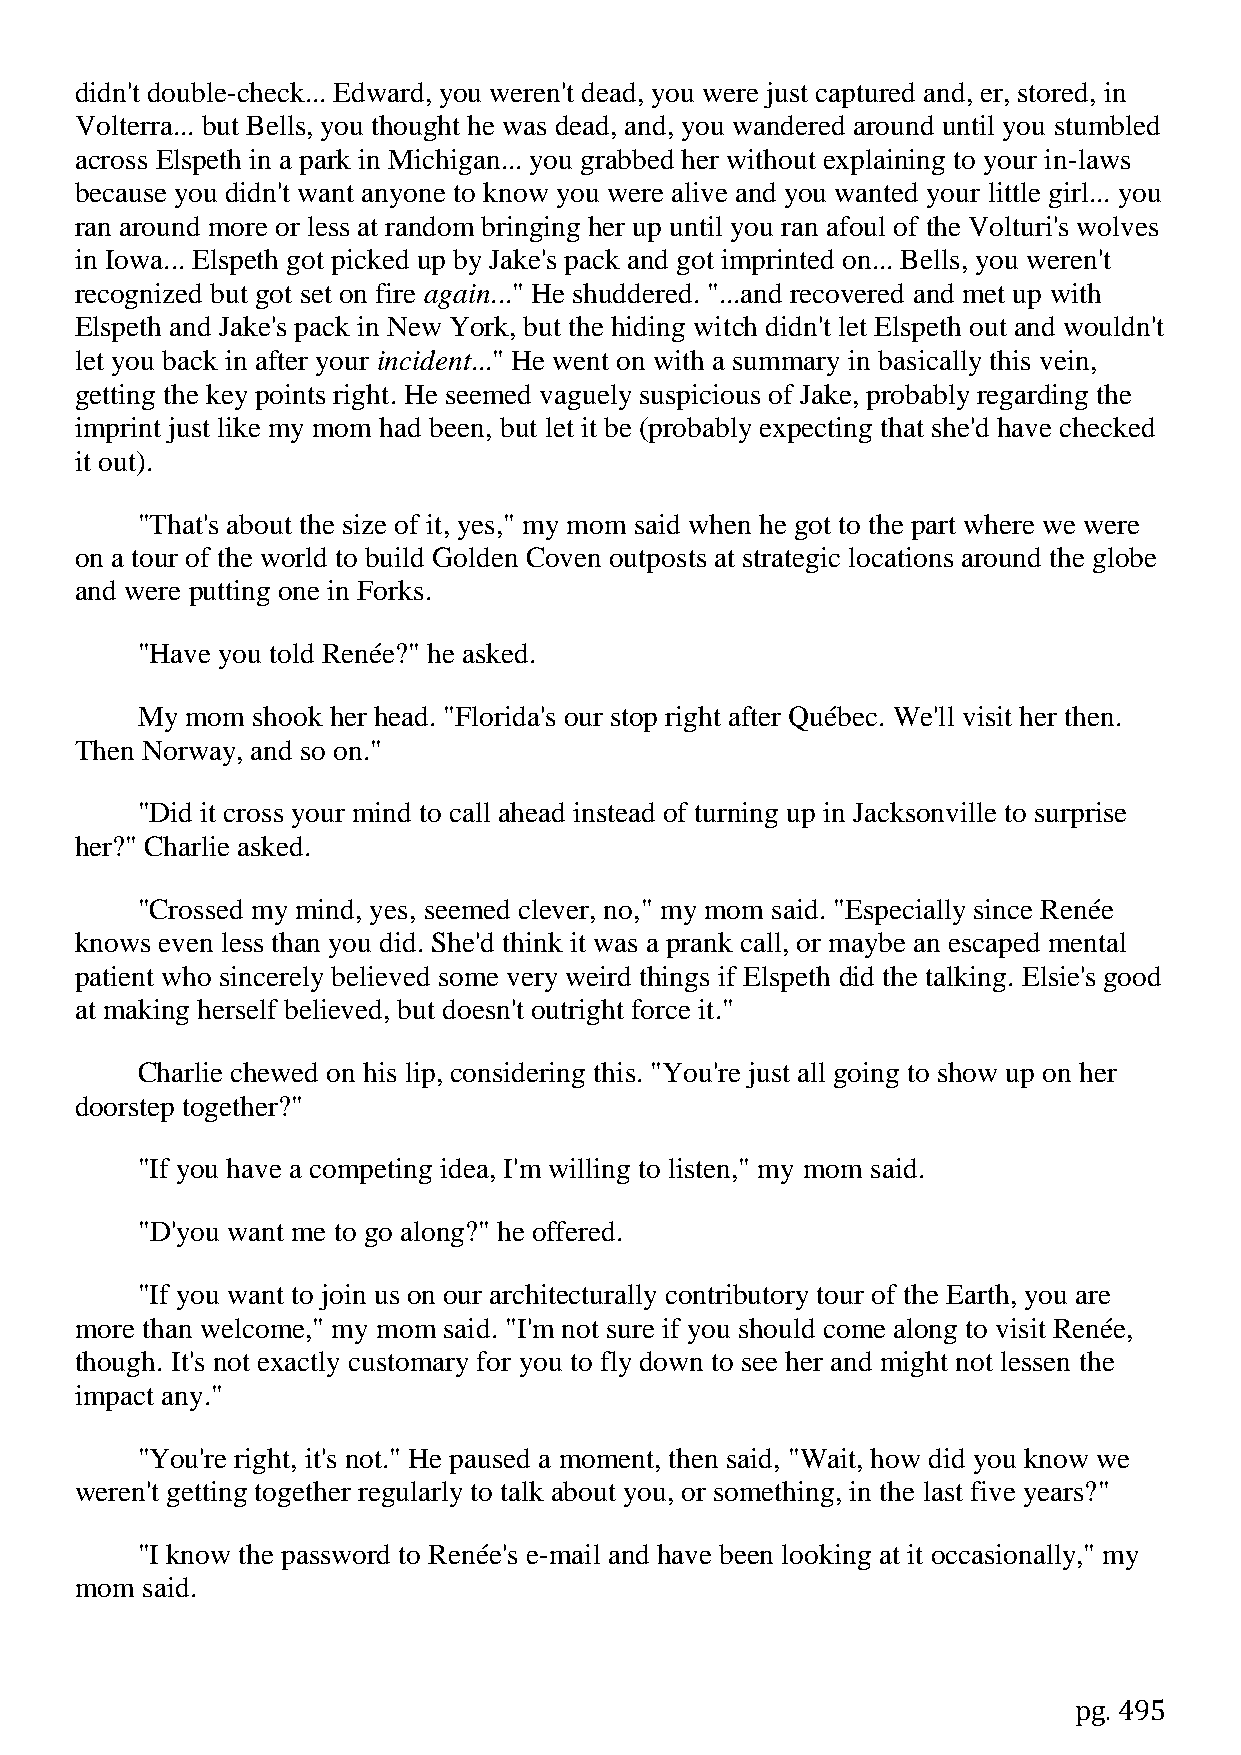
didn't double-check... Edward, you weren't dead, you were just captured and, er, stored, in
 Volterra... but Bells, you thought he was dead, and, you wandered around until you stumbled
 across Elspeth in a park in Michigan... you grabbed her without explaining to your in-laws
 because you didn't want anyone to know you were alive and you wanted your little girl... you
 ran around more or less at random bringing her up until you ran afoul of the Volturi's wolves
 in Iowa... Elspeth got picked up by Jake's pack and got imprinted on... Bells, you weren't
 recognized but got set on fire again..." He shuddered. "...and recovered and met up with
 Elspeth and Jake's pack in New York, but the hiding witch didn't let Elspeth out and wouldn't
 let you back in after your incident..." He went on with a summary in basically this vein,
 getting the key points right. He seemed vaguely suspicious of Jake, probably regarding the
 imprint just like my mom had been, but let it be (probably expecting that she'd have checked
 it out).
 "That's about the size of it, yes," my mom said when he got to the part where we were
 on a tour of the world to build Golden Coven outposts at strategic locations around the globe
 and were putting one in Forks.
 "Have you told Renée?" he asked.
 My mom  shook her head. "Florida's our stop right after Québec. We'll visit her then.
 Then Norway, and so on."
 "Did it cross your mind to call ahead instead of turning up in Jacksonville to surprise
 her?" Charlie asked.
 "Crossed my mind, yes, seemed clever, no," my mom said. "Especially since Renée
 knows even less than you did. She'd think it was a prank call, or maybe an escaped mental
 patient who sincerely believed some very weird things if Elspeth did the talking. Elsie's good
 at making herself believed, but doesn't outright force it."
 Charlie chewed on his lip, considering this. "You're just all going to show up on her
 doorstep together?"
 "If you have a competing idea, I'm willing to listen," my mom said.
 "D'you want me to go along?" he offered.
 "If you want to join us on our architecturally contributory tour of the Earth, you are
 more than welcome," my mom said. "I'm not sure if you should come along to visit Renée,
 though. It's not exactly customary for you to fly down to see her and might not lessen the
 impact any."
 "You're right, it's not." He paused a moment, then said, "Wait, how did you know we
 weren't getting together regularly to talk about you, or something, in the last five years?"
 "I know the password to Renée's e-mail and have been looking at it occasionally," my
 mom said.
 pg. 495